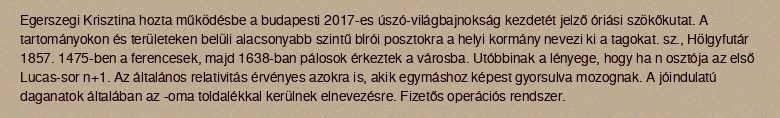
Egerszegi Krisztina hozta működésbe a budapesti 2017-es úszó-világbajnokság kezdetét jelző óriási szökőkutat. A tartományokon és területeken belüli alacsonyabb szintű bírói posztokra a helyi kormány nevezi ki a tagokat. sz., Hölgyfutár 1857. 1475-ben a ferencesek, majd 1638-ban pálosok érkeztek a városba. Utóbbinak a lényege, hogy ha n osztója az első Lucas-sor n+1. Az általános relativitás érvényes azokra is, akik egymáshoz képest gyorsulva mozognak. A jóindulatú daganatok általában az -oma toldalékkal kerülnek elnevezésre. Fizetős operációs rendszer.